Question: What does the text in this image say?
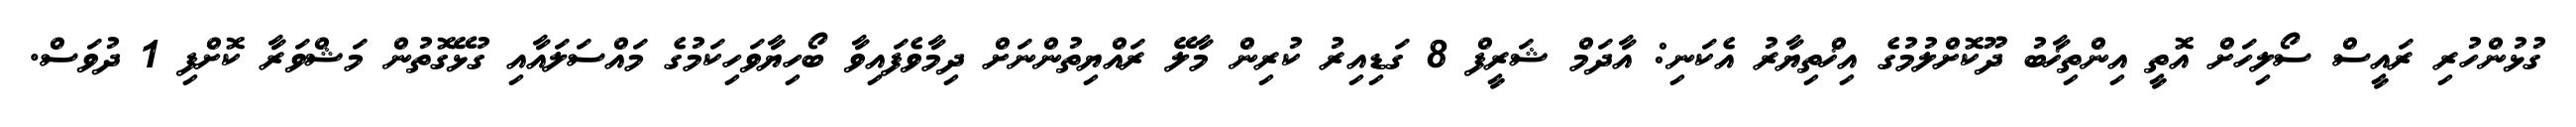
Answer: ގުޅުންހުރި ރައީސް ސޯލިހަށް އޮތީ އިންތިޚާބު ދޫކޮށްލުމުގެ އިޚްތިޔާރު އެކަނި: އާދަމް ޝަރީފް 8 ގަޑިއިރު ކުރިން މާލޭ ރައްޔިތުންނަށް ދިމާވެފައިވާ ބޯހިޔާވަހިކަމުގެ މައްސަލައާއި ގުޅޭގޮތުން މަޝްވަރާ ކޮށްފި 1 ދުވަސް.